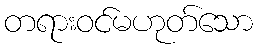
တရားဝင်မဟုတ်သော